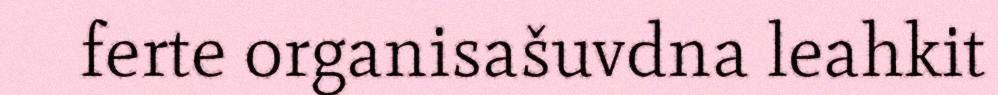
ferte organisašuvdna leahkit